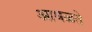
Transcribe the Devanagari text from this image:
आधळते